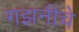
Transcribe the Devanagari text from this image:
गझनीचे